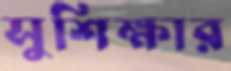
সুশিক্ষার